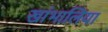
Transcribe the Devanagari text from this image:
खांभालिया